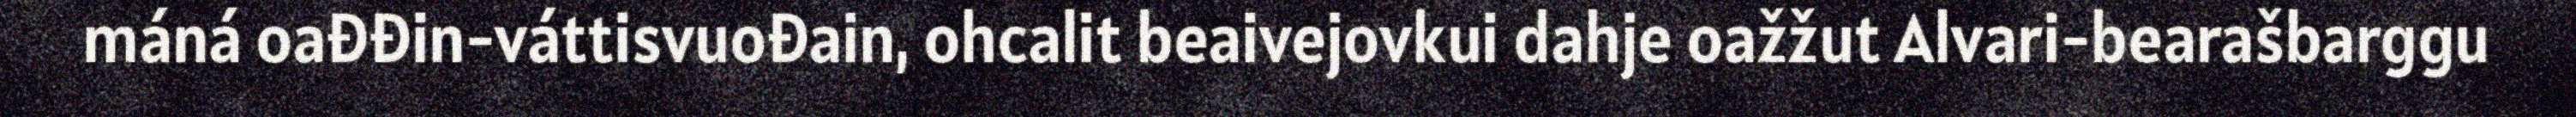
máná oađđin-váttisvuođain, ohcalit beaivejovkui dahje oažžut Alvari-bearašbarggu